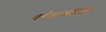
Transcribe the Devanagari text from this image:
धर्मशास्त्रचिंतन